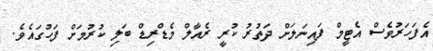
އެފަހަރުވެސް އެޓީމް ފައިނަލަށް ދަތުރު ކުރީ ރެއާލް މެޑްރިޑް ބަލި ކުރުމަށް ފަހުގައެވެ.